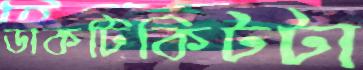
ডাকটিকিটটা